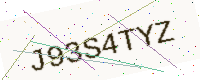
Text: J93S4TYZ